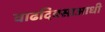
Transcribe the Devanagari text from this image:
वाढदिवसाआधी